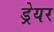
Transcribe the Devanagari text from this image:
ड्रेयर